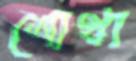
শোখা